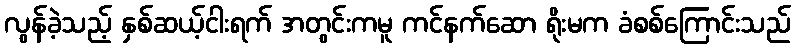
လွန်ခဲ့သည့် နှစ်ဆယ့်ငါးရက် အတွင်းကမူ ကင်နက်ဆော ရိုးမက ခံစစ်ကြောင်းသည်